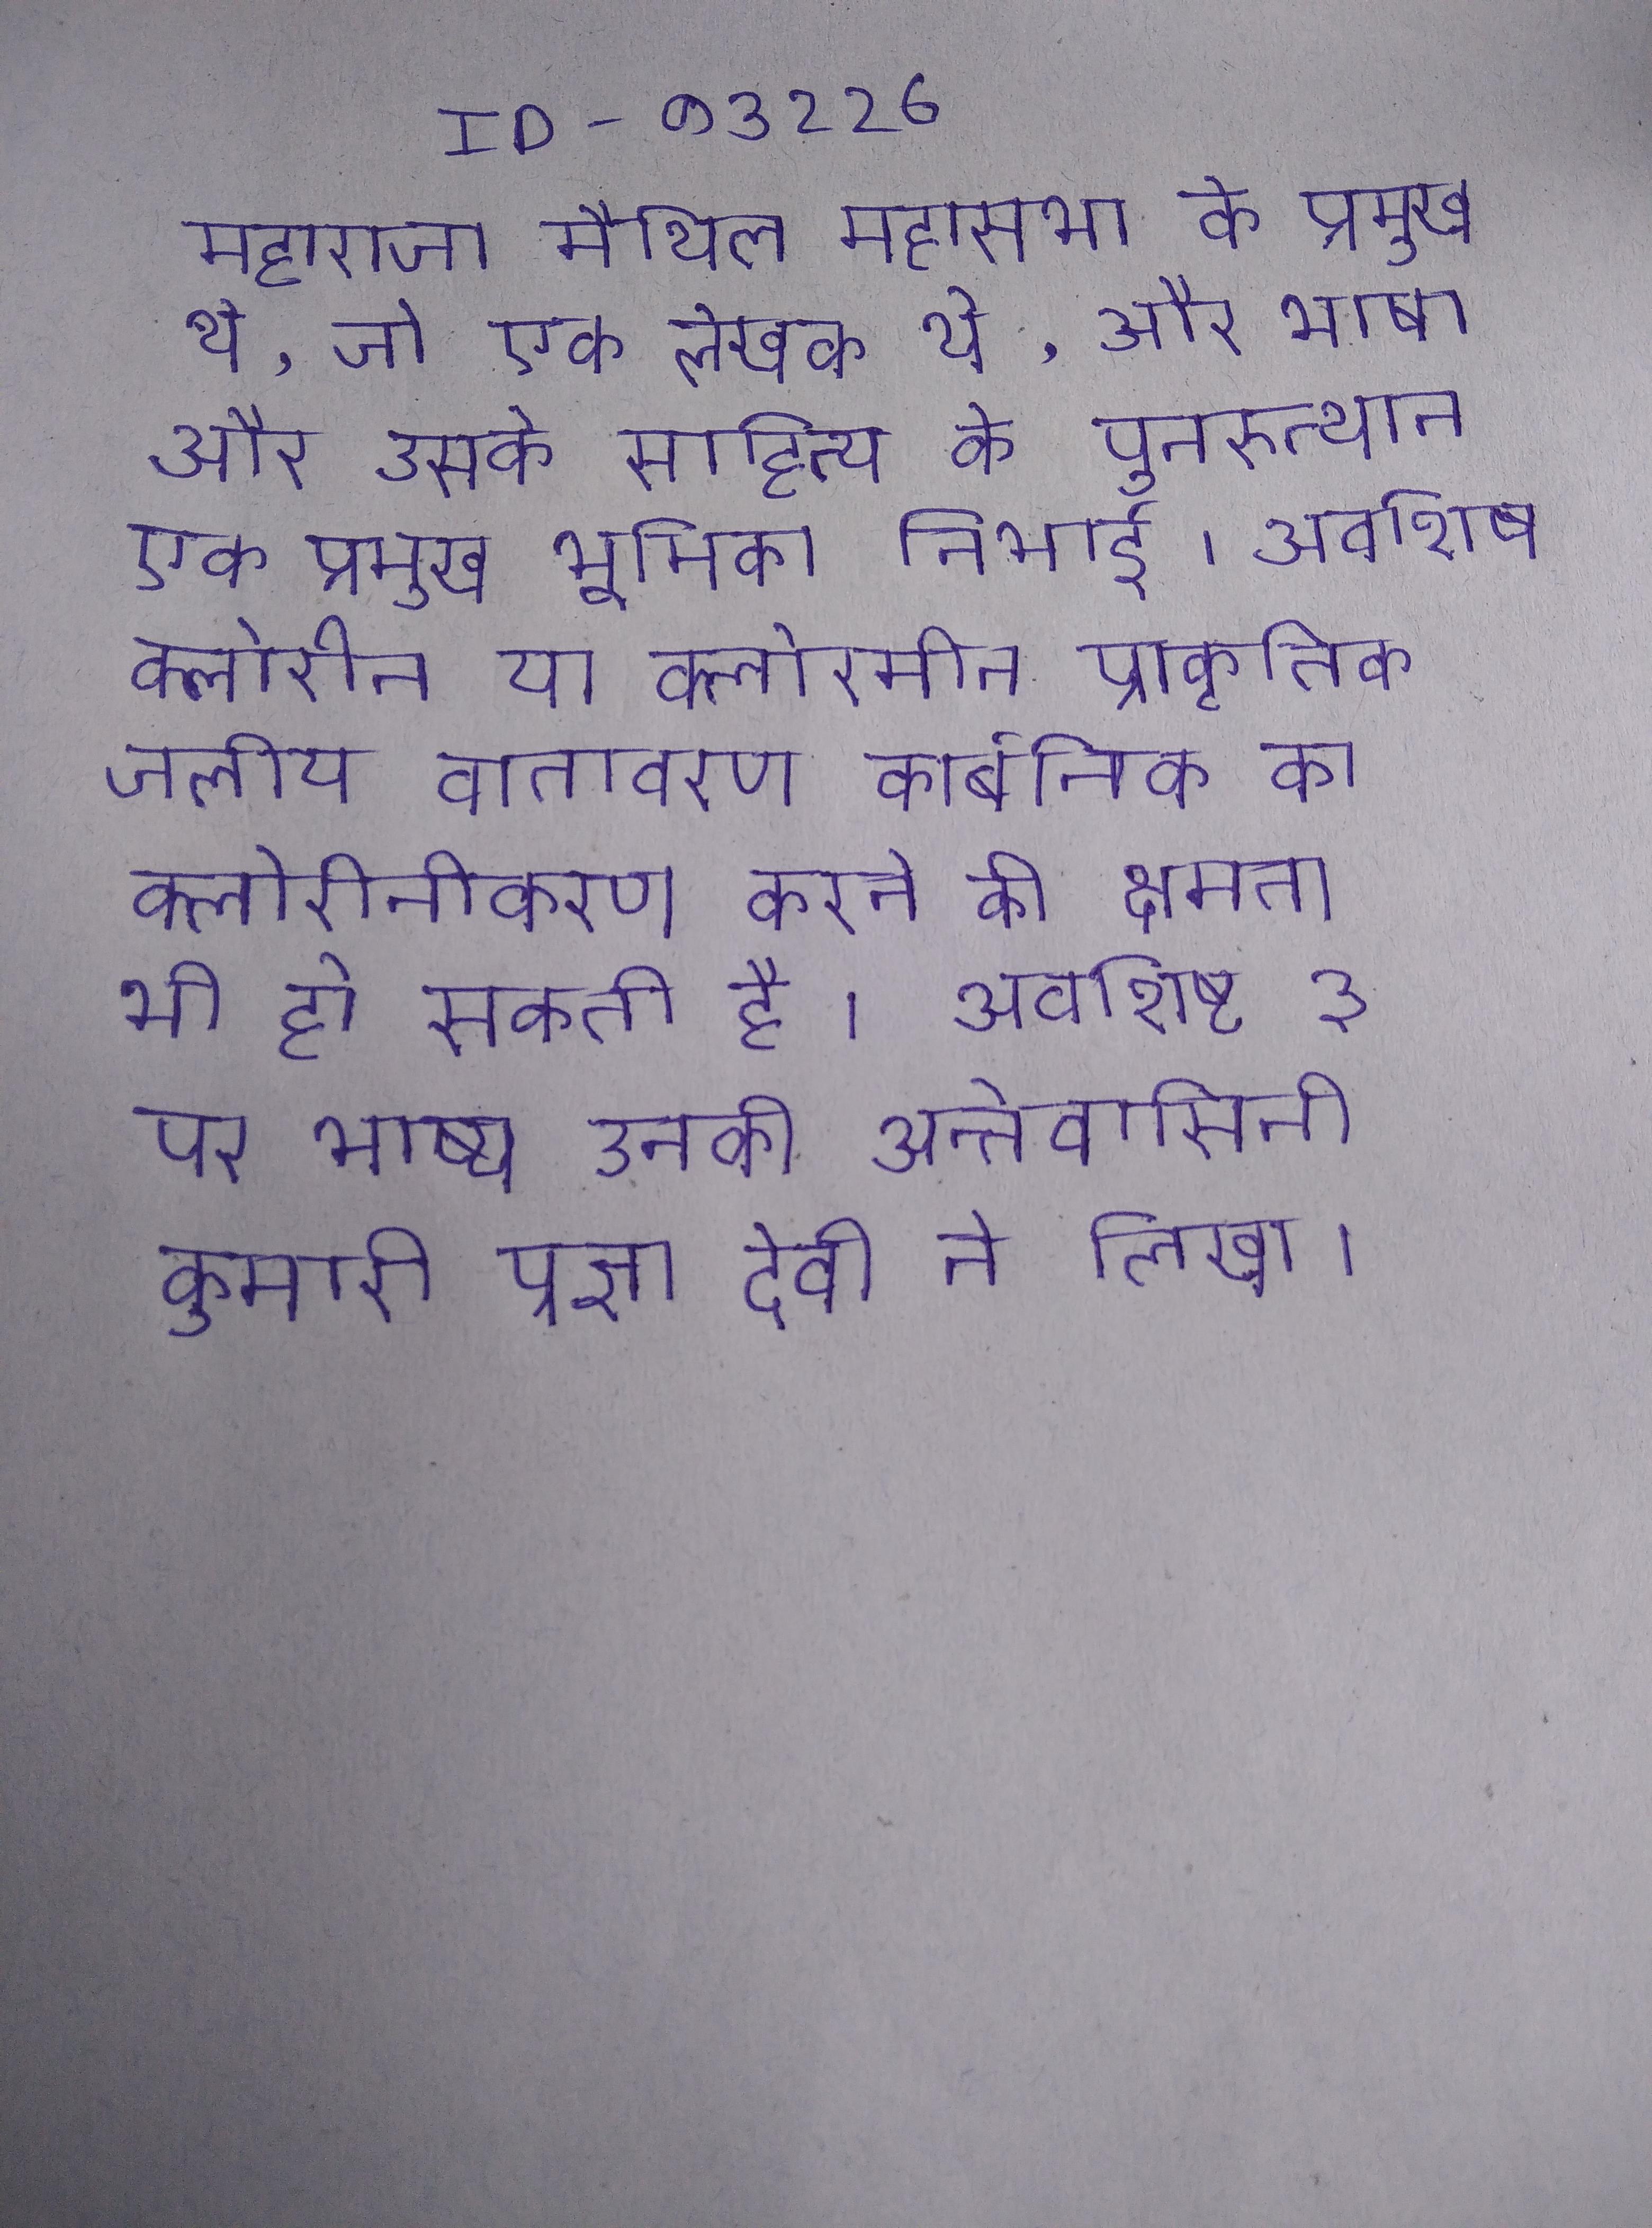
महाराजा मैथिल महासभा के प्रमुख थे, जो एक लेखक थे, और भाषा और उसके साहित्य के पुनरुत्थान एक प्रमुख भूमिका निभाई । अवशिष क्लोरीन या क्लोरमीन प्राकृतिक जलीय वातावरण कार्बनिक का क्लोरीनीकरण करने की क्षमता भी हो सकती है । अवशिष्ट ३ पर भाष्य उनकी अन्तेवासिनी कुमारी प्रज्ञा देवी ने लिखा ।